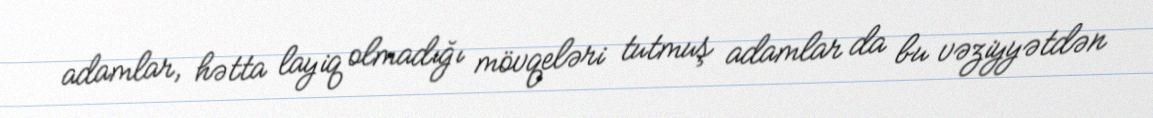
adamlar, hətta layiq olmadığı mövqeləri tutmuş adamlar da bu vəziyyətdən